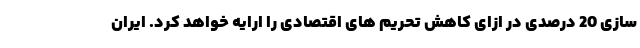
سازی 20 درصدی در ازای کاهش تحریم های اقتصادی را ارایه خواهد کرد. ایران